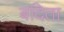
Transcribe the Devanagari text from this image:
बदिता